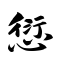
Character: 愆